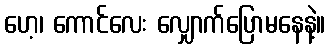
ဟေ့၊ ကောင်လေး လျှောက်ပြောမနေနဲ့။